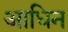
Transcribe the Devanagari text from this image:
आधिन